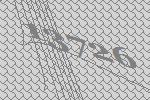
13726